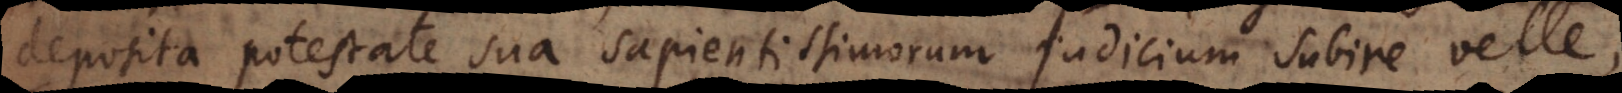
deposita potestate sua sapientissimorum judicium subire velle